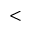
<